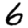
Digit: 6